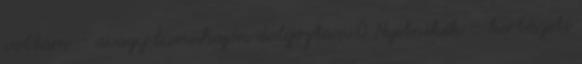
voltam – avagy luxushajón dolgoztam 0 Nyitnikék – kertészeti